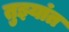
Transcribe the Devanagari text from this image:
तुझ्यांत